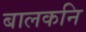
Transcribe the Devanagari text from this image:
बालकनि